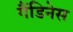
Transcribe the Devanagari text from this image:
गैंडिनेस